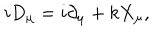
i D _ { \mu } = i \partial _ { \mu } + k X _ { \mu } ,